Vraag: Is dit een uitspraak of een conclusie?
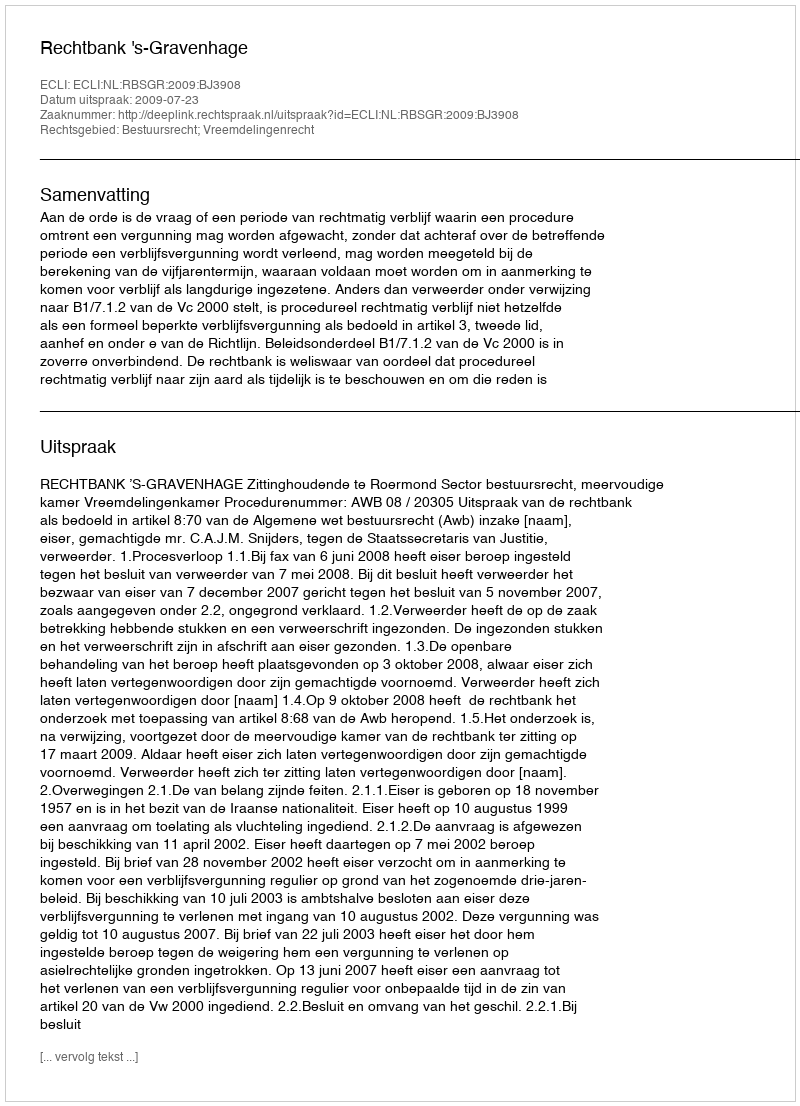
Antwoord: Uitspraak